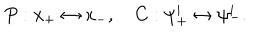
P : x _ { + } \leftrightarrow x _ { - } , ~ C : \psi _ { + } ^ { i } \leftrightarrow \psi _ { - } ^ { i } .